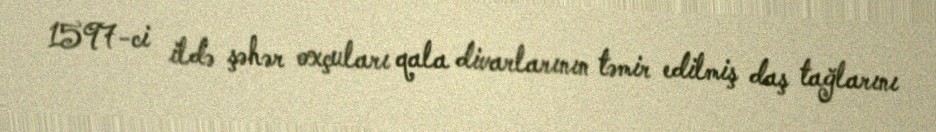
1597-ci ildə şəhər oxçuları qala divarlarının təmir edilmiş daş tağlarını